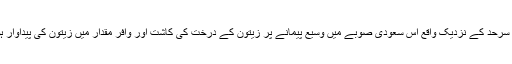
اردن کی سرحد کے نزدیک واقع اس سعودی صوبے میں وسیع پیمانے پر زیتون کے درخت کی کاشت اور وافر مقدار میں زیتون کی پیداوار ہوتی ہے۔